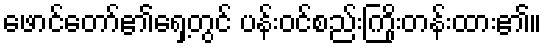
ဖောင်တော်၏ရှေ့တွင် ပန်းဝင်စည်းကြိုးတန်းထား၏။